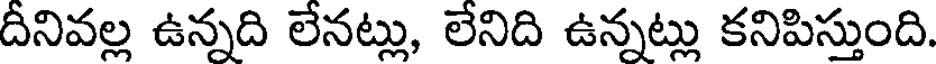
దీనివల్ల ఉన్నది లేనట్లు, లేనిది ఉన్నట్లు కనిపిస్తుంది.